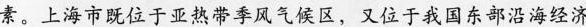
素。上海市既位于亚热带季风气候区，又位于我国东部沿海经济